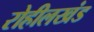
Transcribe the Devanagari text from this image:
रोहीलखंड